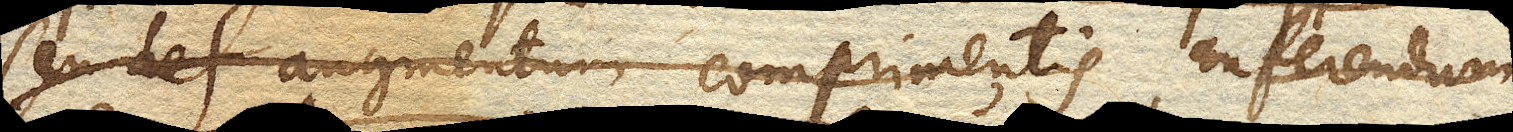
seu augmentum comprimentis, auferendum